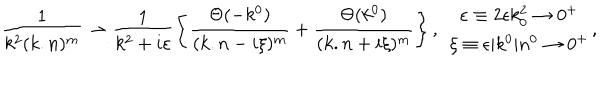
\frac { 1 } { k ^ { 2 } ( k . n ) ^ { m } } \rightarrow \frac { 1 } { k ^ { 2 } + i \varepsilon } \left\{ \frac { \Theta ( - k ^ { 0 } ) } { ( k . n - i \xi ) ^ { m } } + \frac { \Theta ( k ^ { 0 } ) } { ( k . n + i \xi ) ^ { m } } \right\} , \, \, \begin{array} { c } { { \varepsilon \equiv 2 \epsilon k _ { 0 } ^ { 2 } \rightarrow 0 ^ { + } } } \\ { { \xi \equiv \epsilon | k ^ { 0 } | n ^ { 0 } \rightarrow 0 ^ { + } } } \\ \end{array} ,